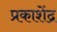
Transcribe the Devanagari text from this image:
प्रकाशेंद्र